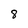
Character: 8